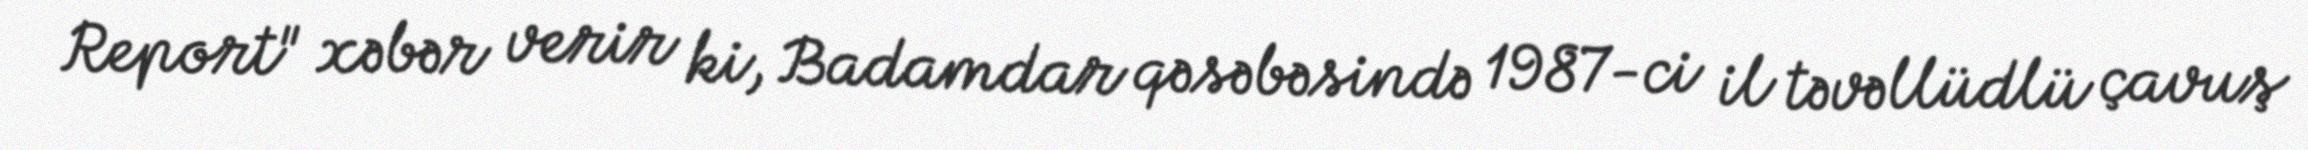
Report" xəbər verir ki, Badamdar qəsəbəsində 1987-ci il təvəllüdlü çavuş